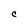
Character: C